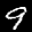
Label: 9